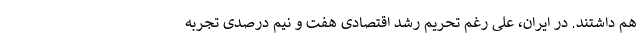
هم داشتند. در ایران، علی رغم تحریم رشد اقتصادی هفت و نیم درصدی تجربه